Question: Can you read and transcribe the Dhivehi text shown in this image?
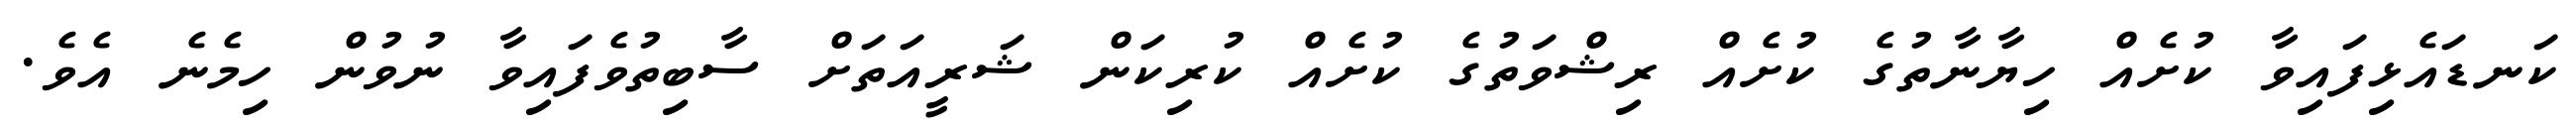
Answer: ކަނޑައެޅިފައިވާ ކުށެއް ހިޔާނާތުގެ ކުށެއް ރިޝްވަތުގެ ކުށެއް ކުރިކަން ޝަރީއަތަށް ސާބިތުވެފައިވާ ނުވުން ހިމެނެ އެވެ.